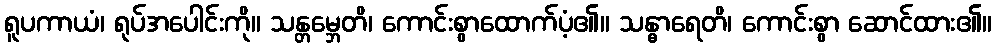
ရူပကာယံ၊ ရုပ်အပေါင်းကို။ သန္တမ္ဘေတိ၊ ကောင်းစွာထောက်ပံ့၏။ သန္ဓာရေတိ၊ ကောင်းစွာ ဆောင်ထား၏။